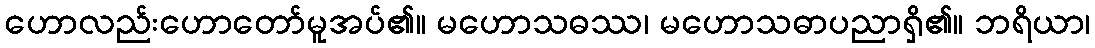
ဟောလည်းဟောတော်မူအပ်၏။ မဟောသဓဿ၊ မဟောသဓာပညာရှိ၏။ ဘရိယာ၊